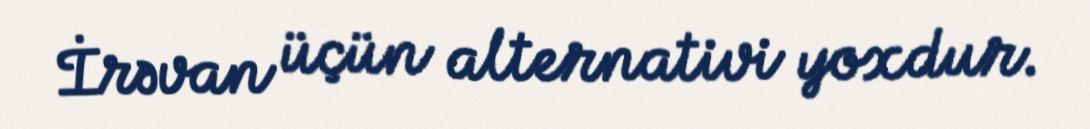
İrəvan üçün alternativi yoxdur.